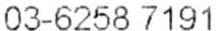
03-6258 7191